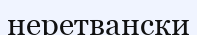
неретвански